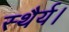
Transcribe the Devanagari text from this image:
स्थैर्य।